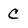
Character: C